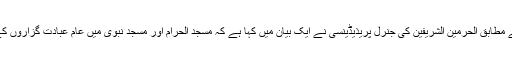
العربیہ ڈاٹ نیٹ کی ایک رپورٹ کے مطابق الحرمین الشریفین کی جنرل پریذیڈینسی نے ایک بیان میں کہا ہے کہ مسجد الحرام اور مسجد نبوی میں عام عبادت گزاروں کے داخلے پر پابندی برقرار رہے گی۔